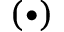
( \bullet )